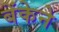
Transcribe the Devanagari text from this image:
बेंकेने